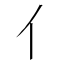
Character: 亻